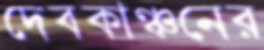
দেবকাঞ্চনের